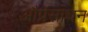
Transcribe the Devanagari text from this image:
और्प्रसाधन